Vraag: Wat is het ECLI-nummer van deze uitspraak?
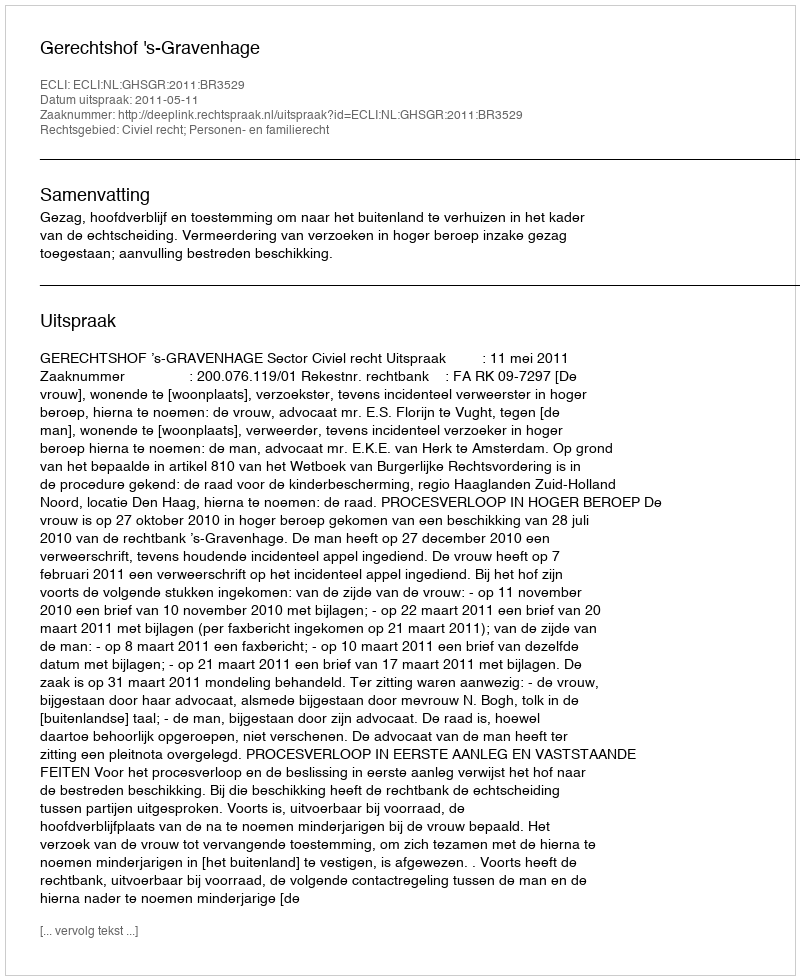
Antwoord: ECLI:NL:GHSGR:2011:BR3529